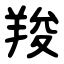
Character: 羧